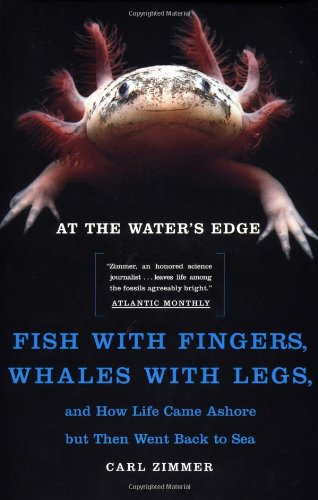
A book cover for At the Water's Edge : Fish with Fingers, Whales with Legs, and How Life Came Ashore but Then Went Back to Sea; Carl Zimmer; Science & Math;